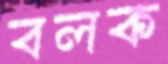
বলক